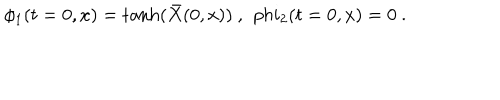
\phi _ { 1 } ( t = 0 , x ) = \tanh ( { \bar { X } } ( 0 , x ) ) \ , \ \, p h i _ { 2 } ( t = 0 , x ) = 0 \ .